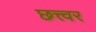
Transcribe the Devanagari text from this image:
छत्त्वर